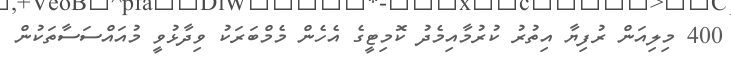
400 މިލިއަން ރުފިޔާ އިތުރު ކުރުމާއިމެދު ކޮމިޓީގެ އެހެން މެމްބަރަކު ވިދާޅުވީ މުއައްސަސާތަކުން